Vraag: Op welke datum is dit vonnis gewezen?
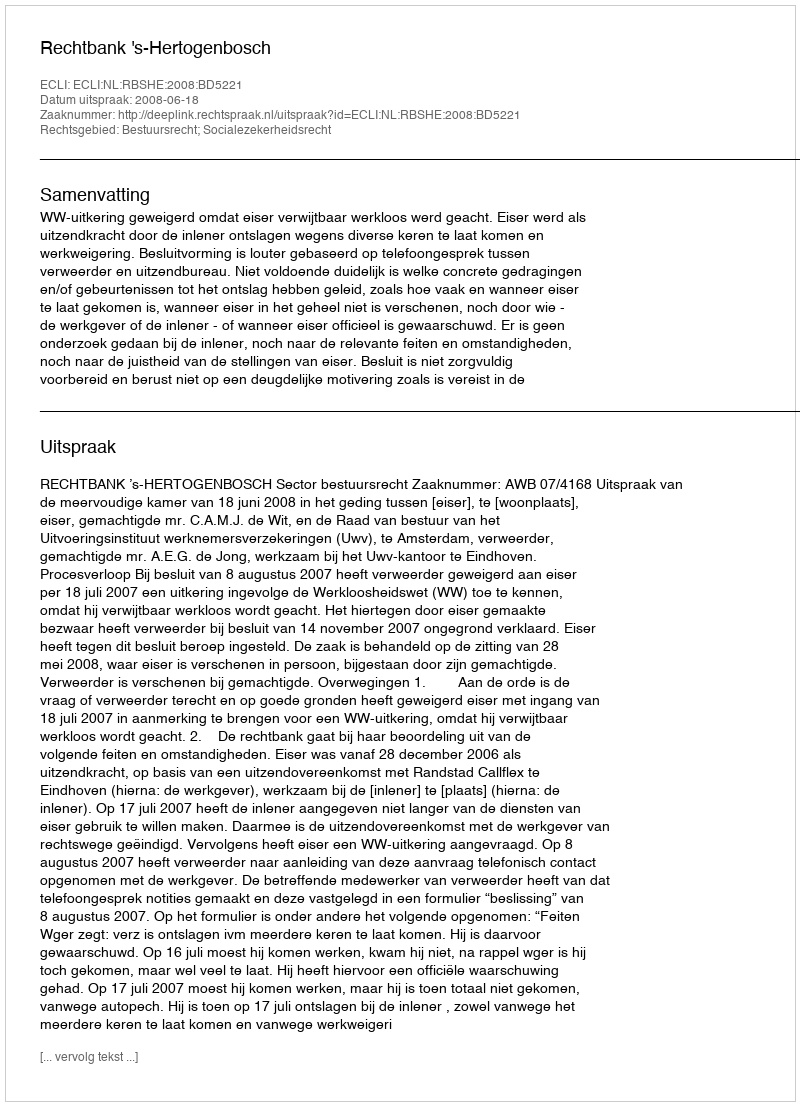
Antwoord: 2008-06-18